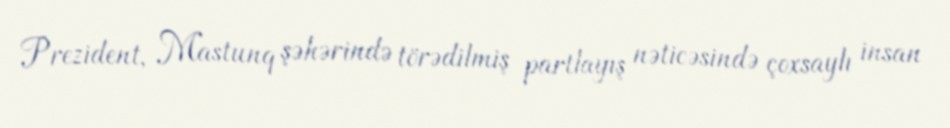
Prezident, Mastunq şəhərində törədilmiş partlayış nəticəsində çoxsaylı insan